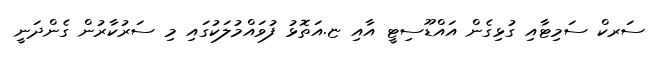
ސަރކް ސަމިޓާއި ގުޅިގެން އައްޑޫސިޓީ އާއި ޏ.އަތޮޅު ފުވައްމުލަކުގައި މި ސަރުކާރުން ގެންދަނީ